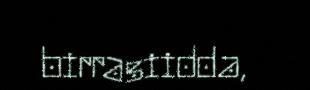
birrasiidda,